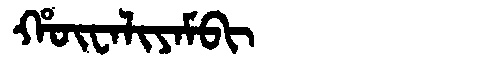
Manchu: ᡥᡡᠸᠠᠯᡳᠶᠠᠮᠪᡳ
Romanization: HŪWALIYAMBI